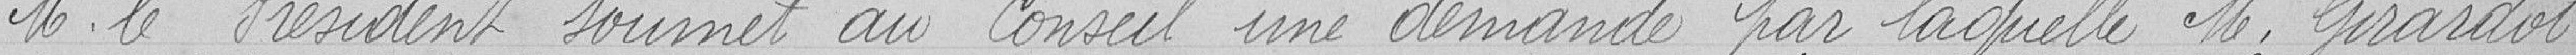
M. le Président soumet au Conseil une demande par laquelle M. Girardot